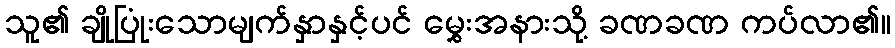
သူ၏ ချိုပြုံးသောမျက်နှာနှင့်ပင် မွှေးအနားသို့ ခဏခဏ ကပ်လာ၏။